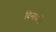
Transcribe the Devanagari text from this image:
दिनाघरी